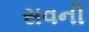
સવની